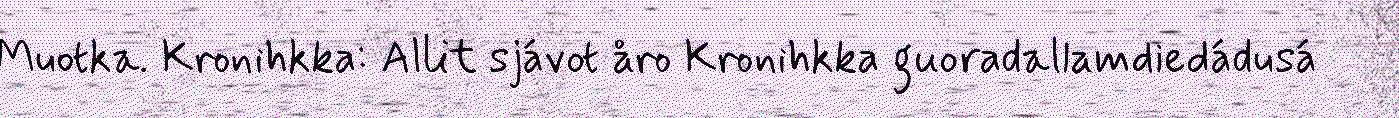
Muotka. Kronihkka: Allit sjávot åro Kronihkka guoradallamdiedádusá